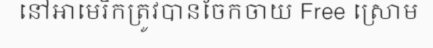
នៅអាមេរិកត្រូវបានចែកចាយ Free ស្រោម